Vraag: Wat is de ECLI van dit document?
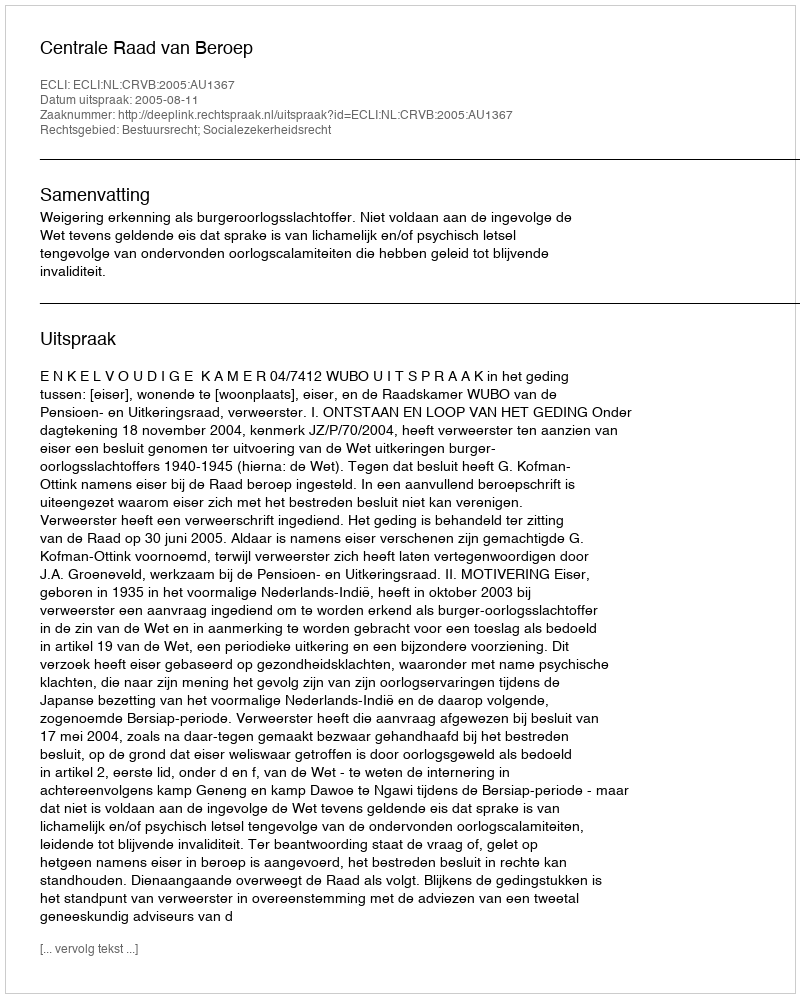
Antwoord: ECLI:NL:CRVB:2005:AU1367